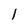
Character: 1